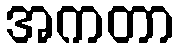
အကတာ